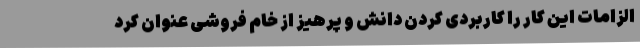
الزامات این کار را کاربردی کردن دانش و پرهیز از خام فروشی عنوان کرد